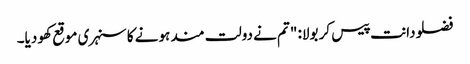
فضلو دانت پیس کر بولا: "تم نے دولت مند ہونے کا سنہری موقع کھو دیا۔